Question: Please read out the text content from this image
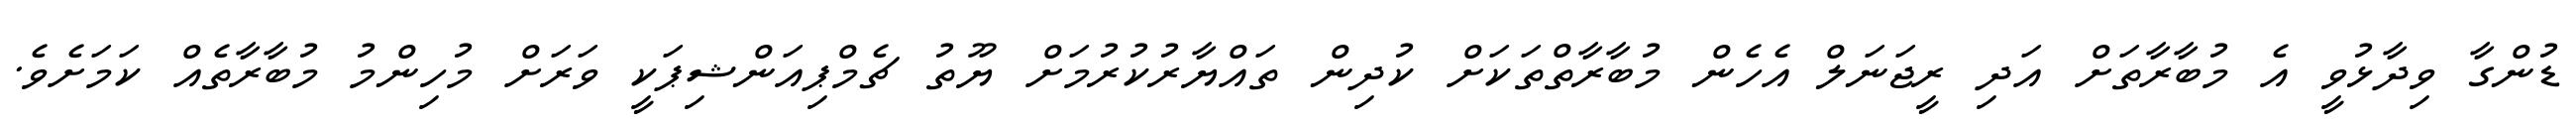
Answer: ޑުންގާ ވިދާޅުވީ އެ މުބާރާތަށް އަދި ރީޖަނަލް އެހެން މުބާރާތްތަކަށް ކުދިން ތައްޔާރުކުރުމަށް ޔޫތު ޗެމްޕިއަންޝިޕަކީ ވަރަށް މުހިންމު މުބާރާތެއް ކަމަށެވެ.